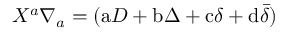
X ^ { a } \nabla _ { a } = ( \mathrm { a } D + \mathrm { b } \Delta + \mathrm { c } \delta + \mathrm { d } { \bar { \delta } } )